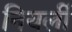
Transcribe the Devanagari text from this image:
नियर्ली